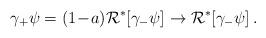
LaTeX: \begin{align*} \gamma_+ \psi = (1\!-\!a) \mathcal{R^*}\!\left[\gamma_- \psi\right] \rightarrow \mathcal{R^*}\!\left[\gamma_- \psi\right] . \end{align*}